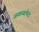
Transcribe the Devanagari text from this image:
जग्गय्यापेटा